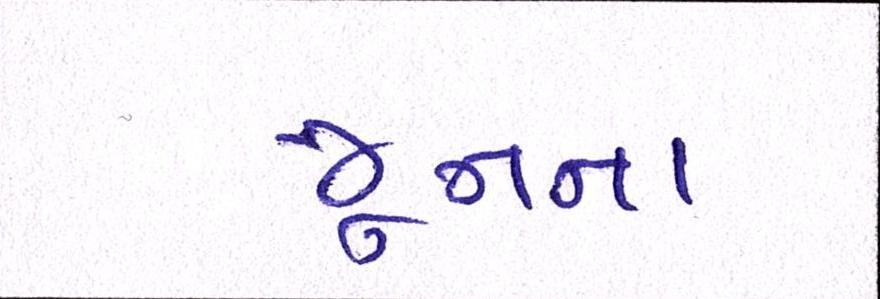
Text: જૂનના